Civil Veterinary Dept. Assam report 1927-50 - 1927-1950
Year: 1927
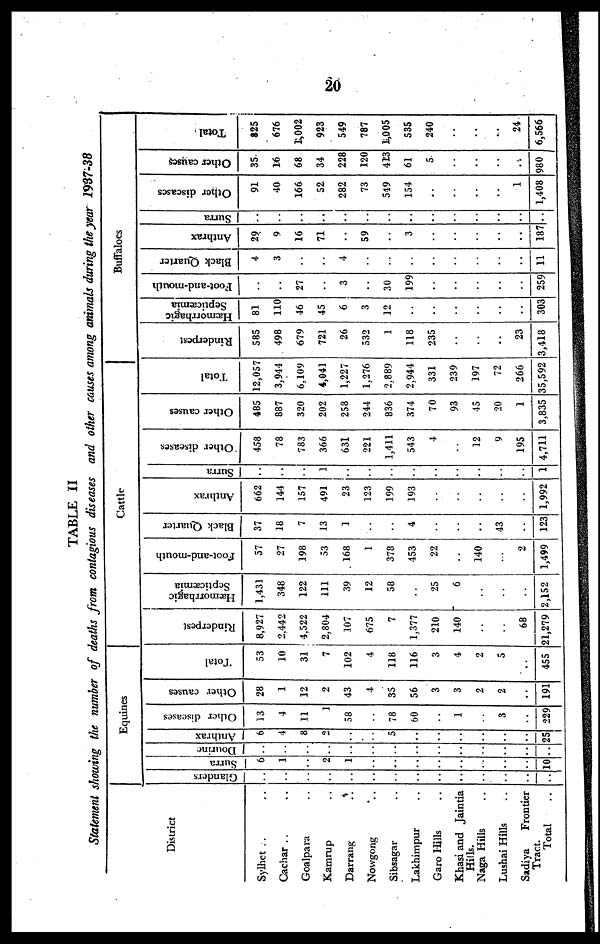
20
TABLE II
Statement showing the number of deaths from contagious diseases and other causes among animals during the year 1937-38
District
Sylhet .. ..
Cachar .. ..
Goalpara ..
Kamrup ..
Darrang ..
Nowgong ..
Sibsagar ..
Lakhimpur ..
Garo Hills ..
Khasi and Jaintia
Hills.
Naga Hills ..
Lushai Hills ..
Sadiya
Frontier
Total
Equines
Glanders
..
..
..
..
..
..
..
..
..
..
..
..
..
..
Surra
6
1
..
2
..
..
..
..
..
..
..
..
..
10
Dourine
..
..
..
..
..
..
..
..
..
..
..
..
..
..
Anthrax
6
4
8
2
..
..
5
..
..
..
..
..
..
25
Other diseases
13
4
11
1
58
..
78
60
..
1
..
3
..
229
Other causes
28
1
12
2
43
4
35
56
3
3
2
2
..
191
Total
53
10
31
7
102
4
118
116
3
4
2
5
..
455
Cattle
Rinderpest
8,927
2.442
4.522
2,804
107
675
7
1,377
210
140
..
..
68
21,279
Hæmorrhagic
Septicaemia
1,431
348
122
111
39
12
58
..
25
6
..
..
..
2,152
Foot-and-mouth
57
27
198
53
168
1
378
453
22
..
140
..
2
1,499
Black Quarter
37
18
7
13
1
..
..
4
..
..
..
43
..
123
Anthrax
662
144
157
491
23
123
199
193
..
..
..
..
..
1,992
Surra
..
..
..
1
..
..
..
..
..
..
..
..
..
1
Other diseases
458
78
783
366
631
221
1,411
543
4
..
12
9
195
4,711
Other causes
485
887
320
202
258
244
836
374
70
93
45
20
1
3,835
Total
12,057
3,944
6,109
4,041
1,227
1,276
2.889
2,944
331
239
197
72
266
35,592
Buffaloes
Rinderpest
585
498
679
721
26
532
1
118
235
..
..
..
23
3,418
Hæmorrhagic
Septicæmia
81
110
46
45
6
3
12
..
..
..
..
..
..
303
Foot-and-mouth
..
..
27
..
3
..
30
199
..
..
..
..
..
259
Black Quarter
4
3
..
..
4
..
..
..
..
..
..
..
..
11
Anthrax
29
9
16
71
..
59
3
..
..
..
..
..
187
Surra
..
..
..
..
..
..
..
..
..
..
..
..
..
..
Other diseases
91
40
166
52
282
73
519
154
..
..
..
..
1
1,408
Other causes.
35
16
68
34
228
120
413
61
5
..
..
..
...
980
Total
825
676
1,002
923
549
787
1,005
535
240
..
..
...
24
6,566